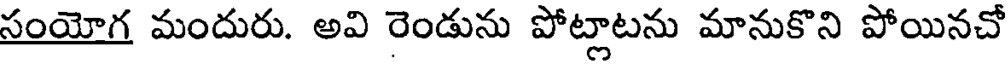
సంయోగ మందురు. అవి రెండును పోట్లాటను మానుకొని పోయినచో